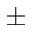
\pm